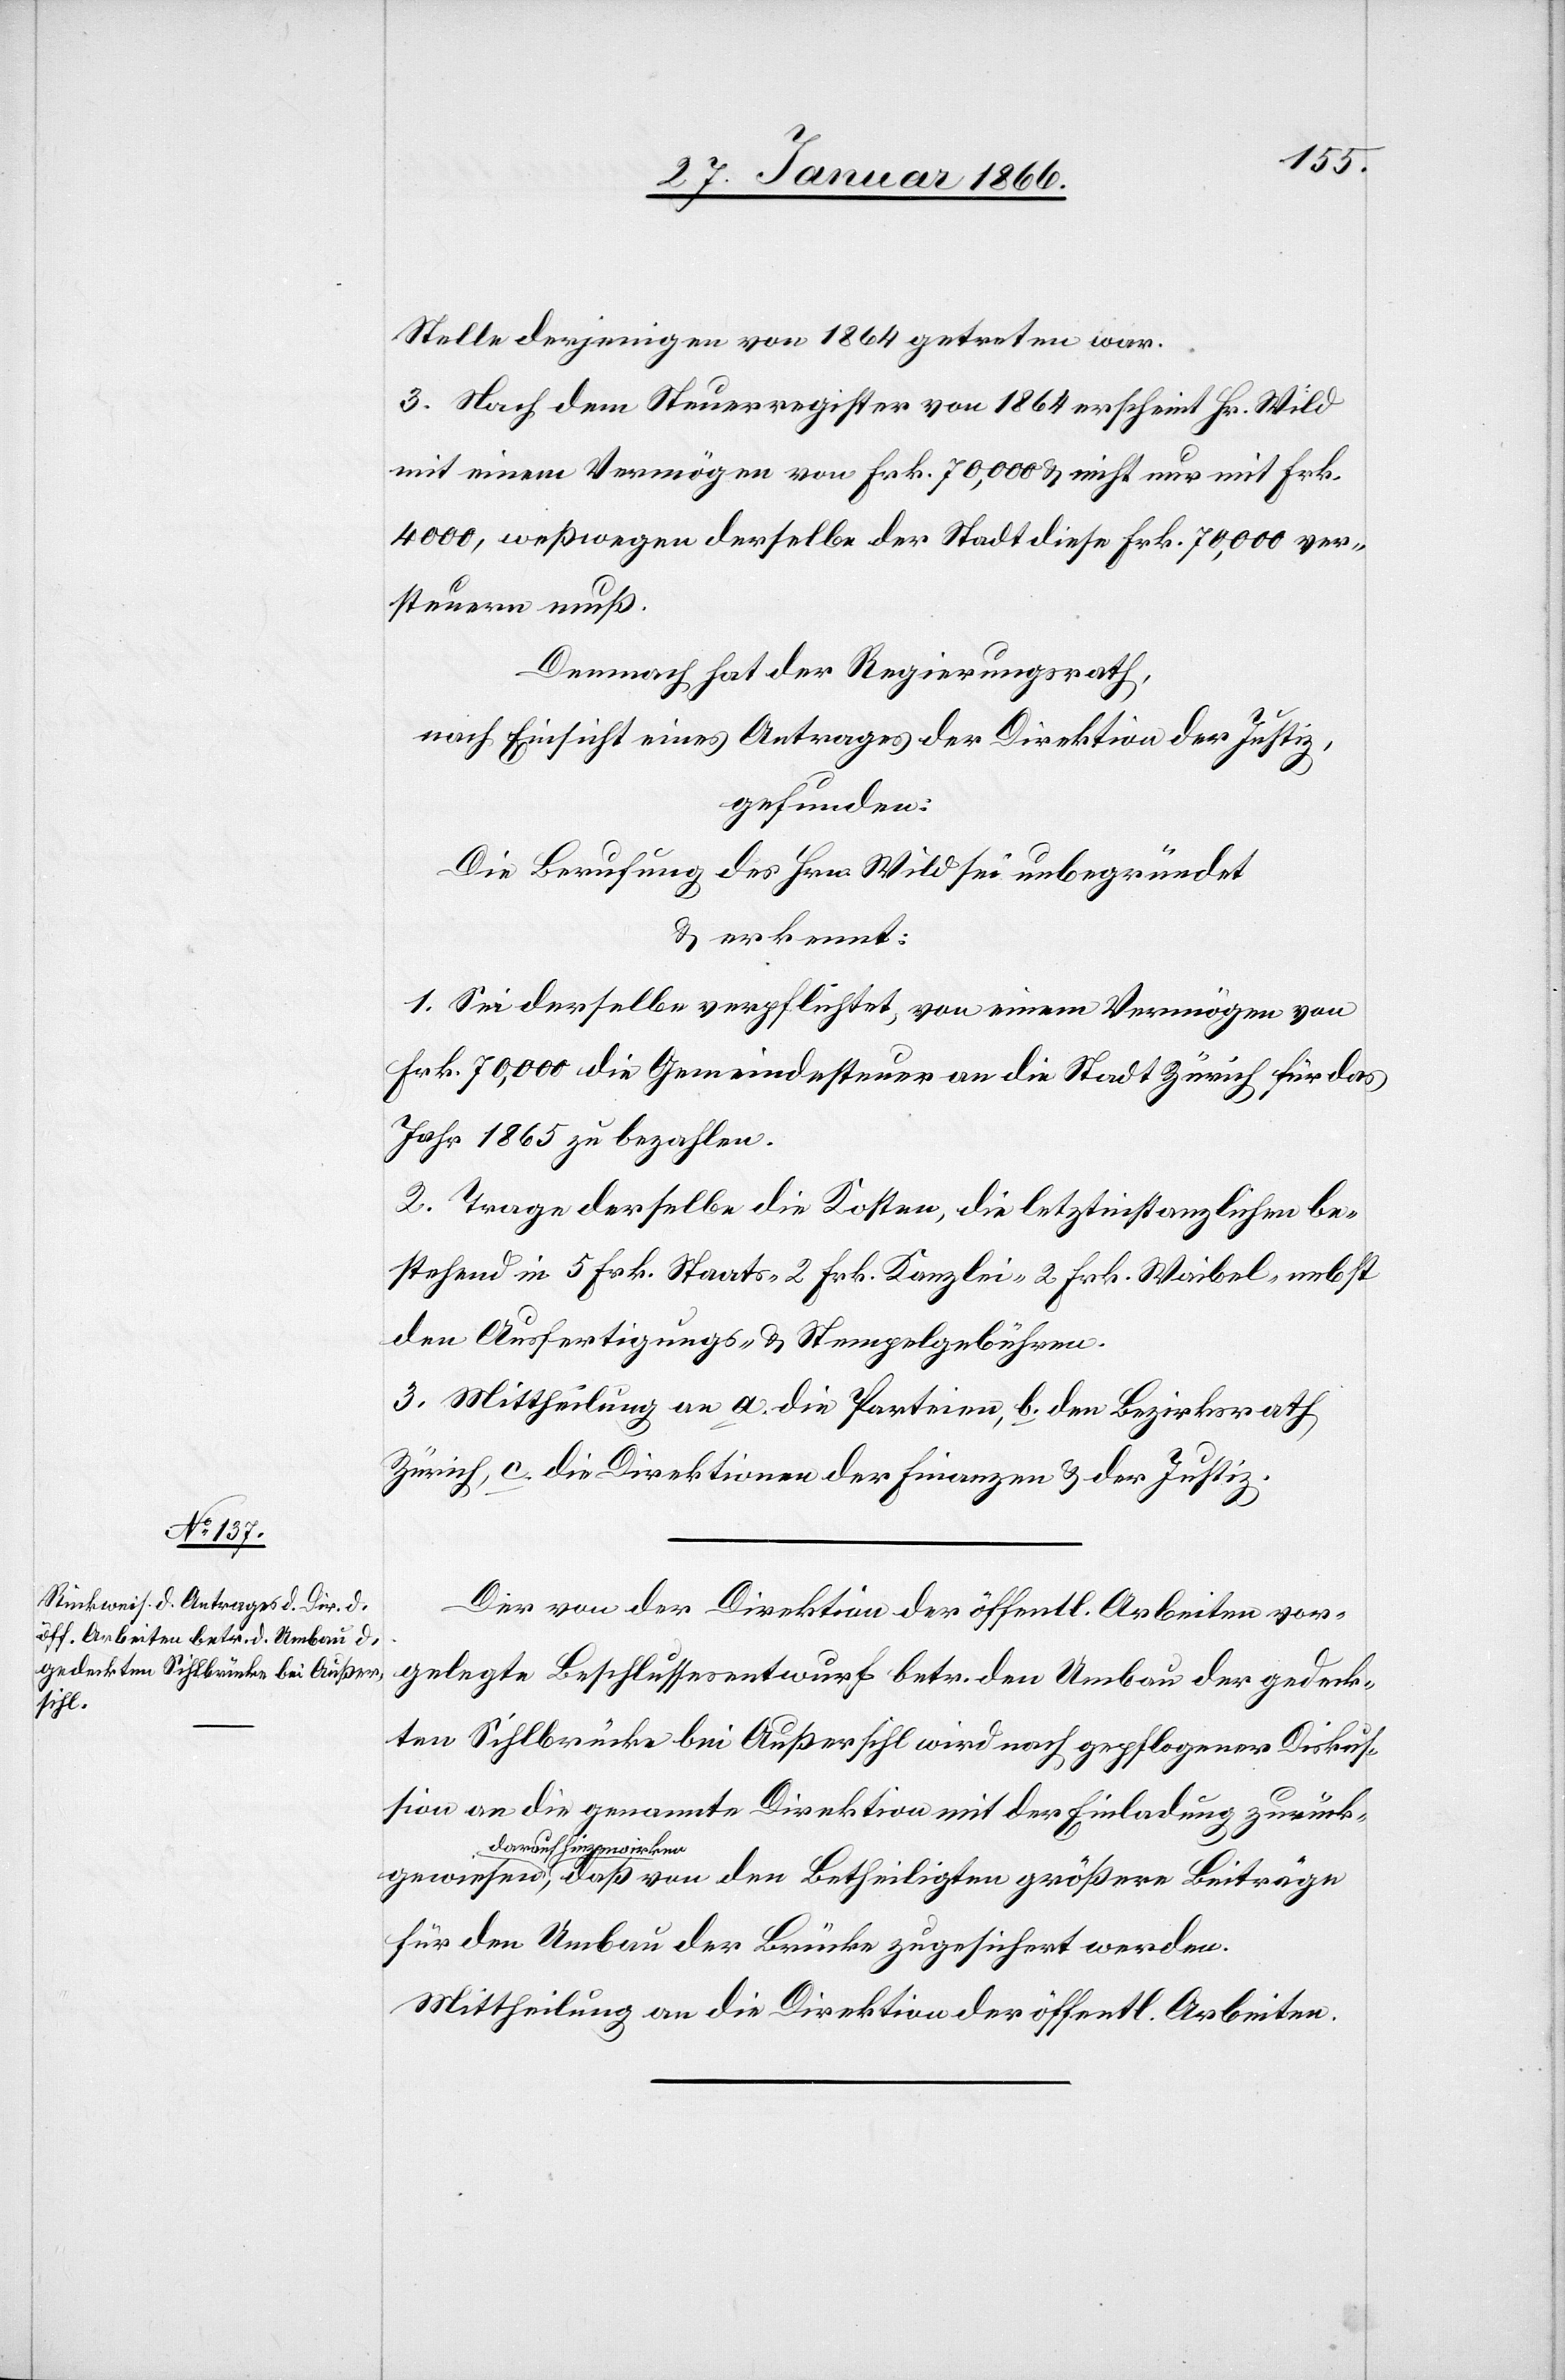
gewiesen,

Stelle derjenigen von 1864 getreten war.
den
3. Nach dem Steuerregister von 1864 erscheint Hr. Wild
mit einem Vermögen von Frk. 70,000 u. nicht nur mit Frk.
4000, weßwegen derselbe der Stadt diese Frk. 70,000 ver¬
steuern muß.
Demnach hat der Regierungsrath,
nach Einsicht eines Antrages der Direktion der Justiz,
gefunden:
Die Berufung des Hrn. Wild sei unbegründet
u. erkennt:
1. Sei derselbe verpflichtet, von einem Vermögen von
Frk. 70,000 die Gemeindesteuer an die Stadt Zürich für das
Jahr 1865 zu bezahlen.
2. Trage derselbe die Kosten, die letztinstanzlichen be¬
stehend in 5 Frk. Staats- 2 Frk. Kanzlei- 2 Frk. Weibel- nebst
den Ausfertigungs- u. Stempelgebühren.
3. Mittheilung an a. die Parteien, b. den Bezirksrath
Zürich, c. die Direktionen der Finanzen u. der Justiz.
Der von der Direktion der öffentl. Arbeiten vor¬
gelegte Beschlussesentwurf betr. den Umbau der gedeck¬
ten Sihlbrücke bei Außersihl wird nach gepflogener Diskus¬
sion an die genannte Direktion mit der Einladung zurück¬
darauf hinzuwirken,
für den Umbau der Brücke zugesichert werden.
Mittheilung an die Direktion der öffentl. Arbeiten.